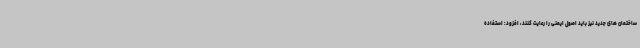
ساختمان های جدید نیز باید اصول ایمنی را رعایت کنند، افزود: استفاده